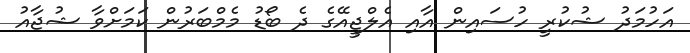
އަހުމަދު ޝުކުރީ ހުސައިން އާއި އެލްޖީއޭގެ ދެ ބޯޑު މެމްބަރުން ކަމަށްވާ ޝުޖާއު